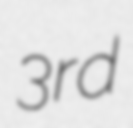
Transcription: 3rd